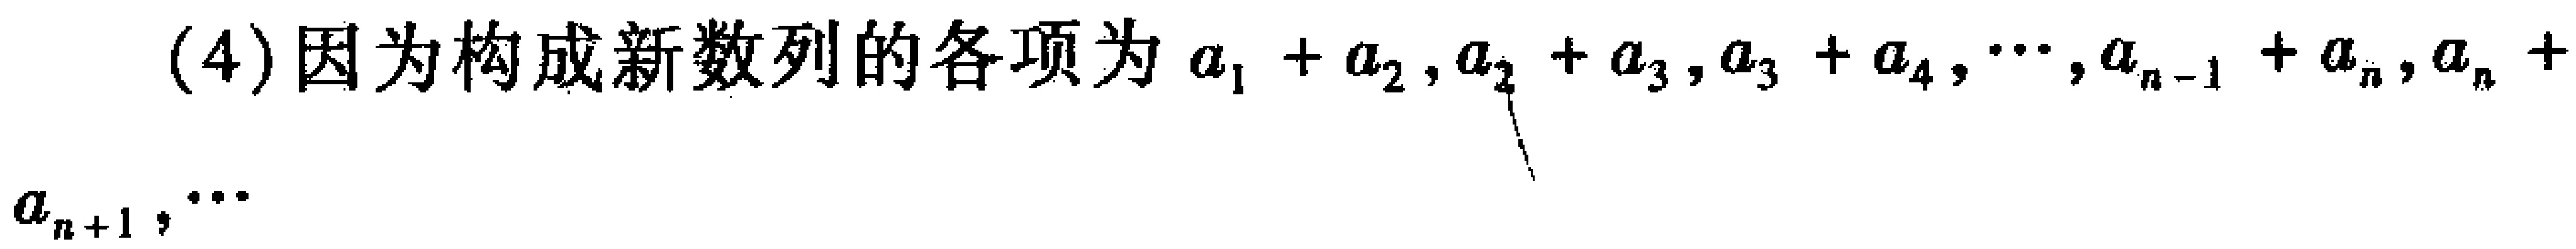
(4)因为构成新数列的各项为\(a_{1}+a_{2},a_{2}+a_{3},a_{3}+a_{4},\cdots,a_{n - 1}+a_{n},a_{n}+a_{n + 1},\cdots\)